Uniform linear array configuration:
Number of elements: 32
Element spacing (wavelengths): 0.75
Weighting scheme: hamming
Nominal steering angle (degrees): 15
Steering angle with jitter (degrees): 14.522
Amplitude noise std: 0.05
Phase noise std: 0.05

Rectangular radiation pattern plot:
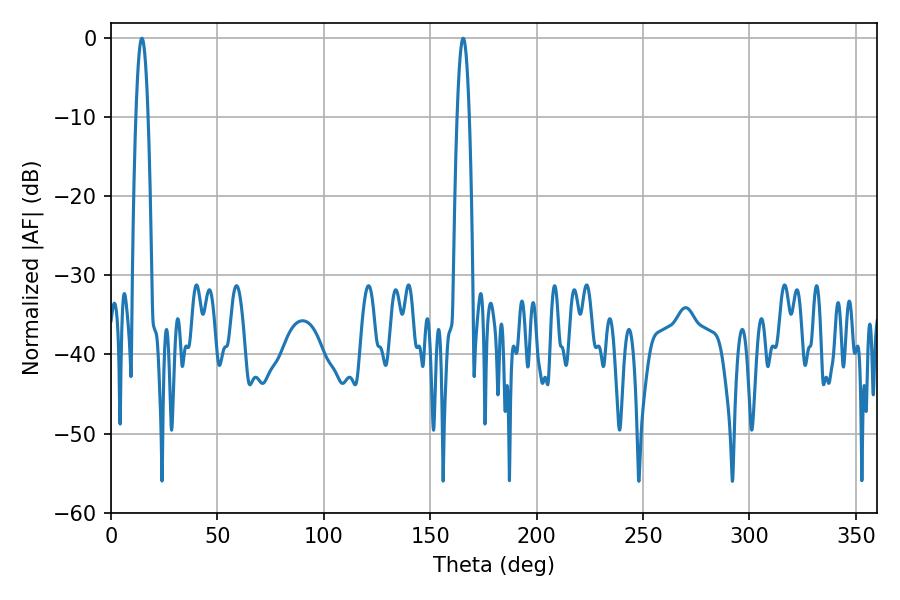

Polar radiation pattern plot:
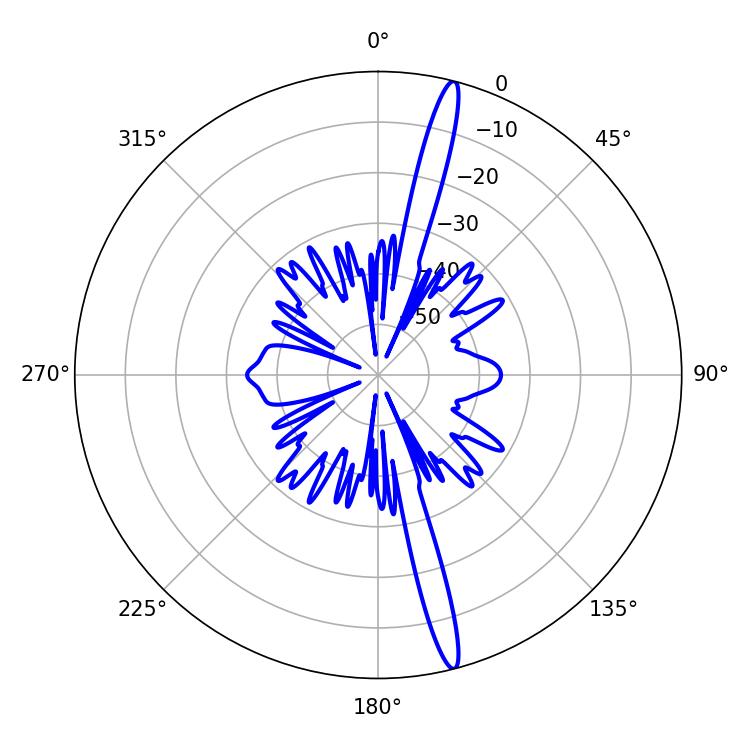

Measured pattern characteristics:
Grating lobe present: TRUE
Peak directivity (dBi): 18.23
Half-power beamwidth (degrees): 3.06
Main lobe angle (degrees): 14.58